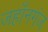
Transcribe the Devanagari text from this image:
जहाँनगंज